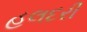
હલદરી